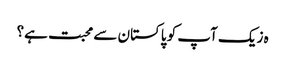
ہ زیک آپ کو پاکستان سے محبت ہے؟